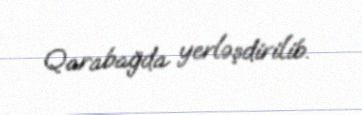
Qarabağda yerləşdirilib.